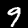
Label: 9